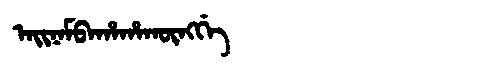
Manchu: ᠠᡳᠨᠠᠮᠪᠠᡥᠠᡥᠠᡴᡡᠩᡤᡝ
Romanization: AINAMBAHAHAKŪNGGE